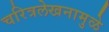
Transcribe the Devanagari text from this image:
चरित्रलेखनामुळे